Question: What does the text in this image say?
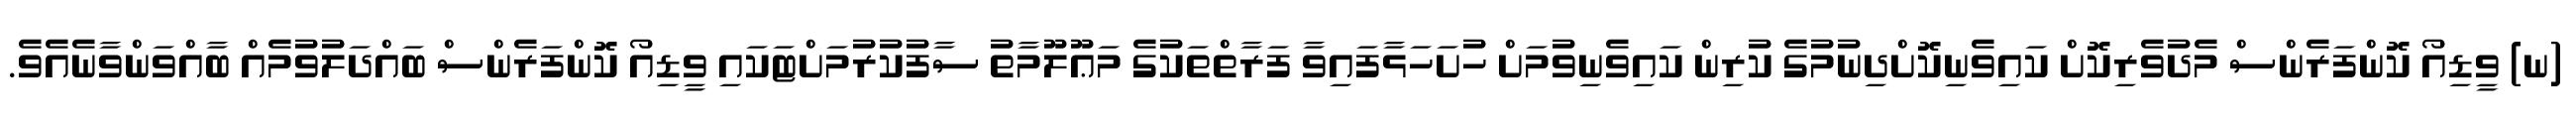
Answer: (ނ) ވީޑިއޯ ކޮންފަރެންސް މެދުވެރިކޮށް ކައިވެނިކޮށްދިނުމުގެ ކުރިން ކައިވެނިވުމަށް ހުށަހަޅާފައިވާ ފަރާތްތަކުގެ މަޢޫލޫމާތު ސާފުކުރުމަށްޓަކައި ވީޑިއޯ ކޮންފަރެންސް ބައްދަލުވުމެއް ބާއްވަންވާނެއެވެ.